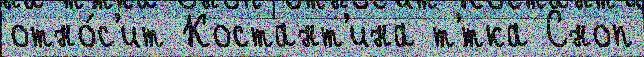
отно́с'ит Костант'ина т'́тка Сноп